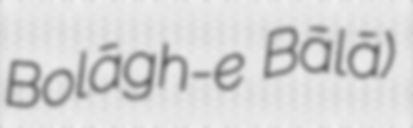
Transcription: Bolāgh-e Bālā)